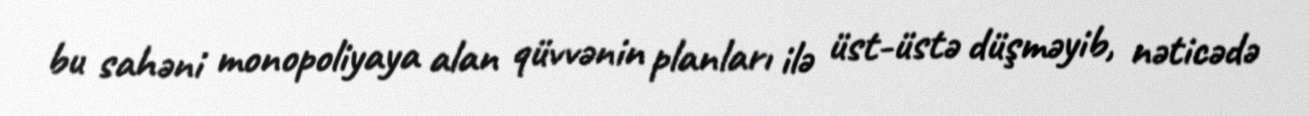
bu sahəni monopoliyaya alan qüvvənin planları ilə üst-üstə düşməyib, nəticədə